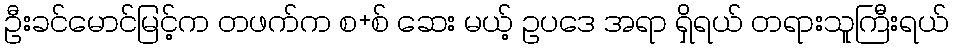
ဦးခင်မောင်မြင့်က တဖက်က စ+စ် ဆေး မယ့် ဥပဒေ အရာ ရှိရယ် တရားသူကြီးရယ်